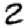
Digit: 2